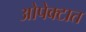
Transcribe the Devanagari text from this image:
ओपेक्टात